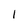
Character: 1